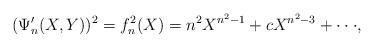
LaTeX: \begin{align*}(\Psi^\prime_{n}(X,Y))^2 = f_n^2(X) = n^2 X^{n^2-1} + c X^{n^2-3} + \cdot \cdot \cdot, \end{align*}